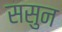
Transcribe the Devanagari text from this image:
ससुन